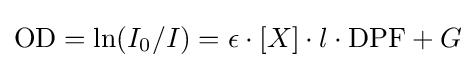
{\text{OD}}=\operatorname {ln} (I_{0}/I)=\epsilon \cdot [X]\cdot l\cdot {\text{DPF}}+G